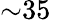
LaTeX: {\sim}35\